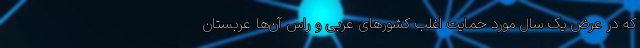
که در عرض یک سال مورد حمایت اغلب کشورهای عربی و راس آن‌ها عربستان